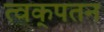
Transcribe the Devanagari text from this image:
त्वक्‌पतन